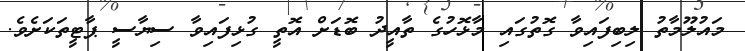
މައުލޫމާތު ލިބިފައިވާ ގޮތުގައި މާޅޮހުގެ ތާއީދު ބޮޑަށް އޮތީ ގުޅިފައިވާ ސިޔާސީ ޕާޓީތަކަށެވެ.